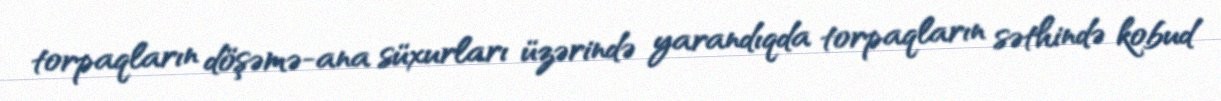
torpaqların döşəmə-ana süxurları üzərində yarandıqda torpaqların səthində kobud